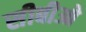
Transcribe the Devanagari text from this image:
सीबीओ